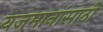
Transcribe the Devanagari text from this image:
यजमानांसाठी